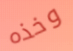
وخذه